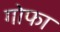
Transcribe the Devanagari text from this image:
गोफा